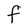
Character: F